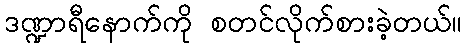
ဒဏ္ဍာရီနောက်ကို စတင်လိုက်စားခဲ့တယ်။